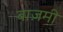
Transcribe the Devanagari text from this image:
बाज़मी